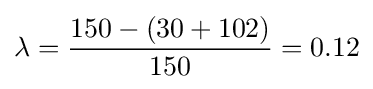
\lambda ={\frac {150-(30+102)}{150}}=0.12